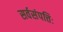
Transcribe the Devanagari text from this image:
सर्वसंपत्तिः